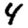
Digit: 4